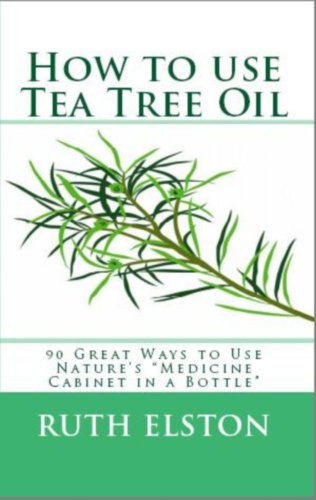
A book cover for How to Use Tea Tree Oil - 90 Great Ways to Use Natures "Medicine Cabinet in a Bottle" - Acne, Boils, Head Lice, Nail Fungus, Ringworm, Skin Tags, - Health ... Dilutions and Lots More! (What Is? Book 2); Ruth Elston; Health, Fitness & Dieting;